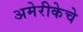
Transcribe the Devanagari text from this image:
अमेरीकेचे